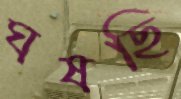
ঘষছি